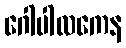
ဂေါပါလကေန